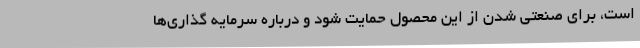
است، برای صنعتی شدن از این محصول حمایت شود و درباره سرمایه گذاری‌ها